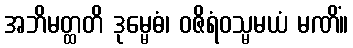
အဘိမတ္ထတိ ဒုမ္မေဓံ၊ ဝဇိရံဝသ္မမယံ မဏိံ။